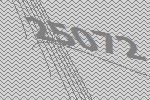
25072